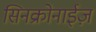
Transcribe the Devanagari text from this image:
सिनक्रोनाईज़